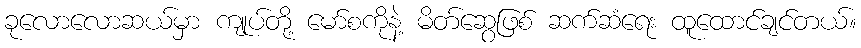
ခုလောလောဆယ်မှာ ကျုပ်တို့ မော်စကိုနဲ့ မိတ်ဆွေဖြစ် ဆက်ဆံရေး ထူထောင်ချင်တယ်။